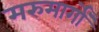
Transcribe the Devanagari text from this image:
मरुमार्गों